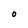
Character: 0